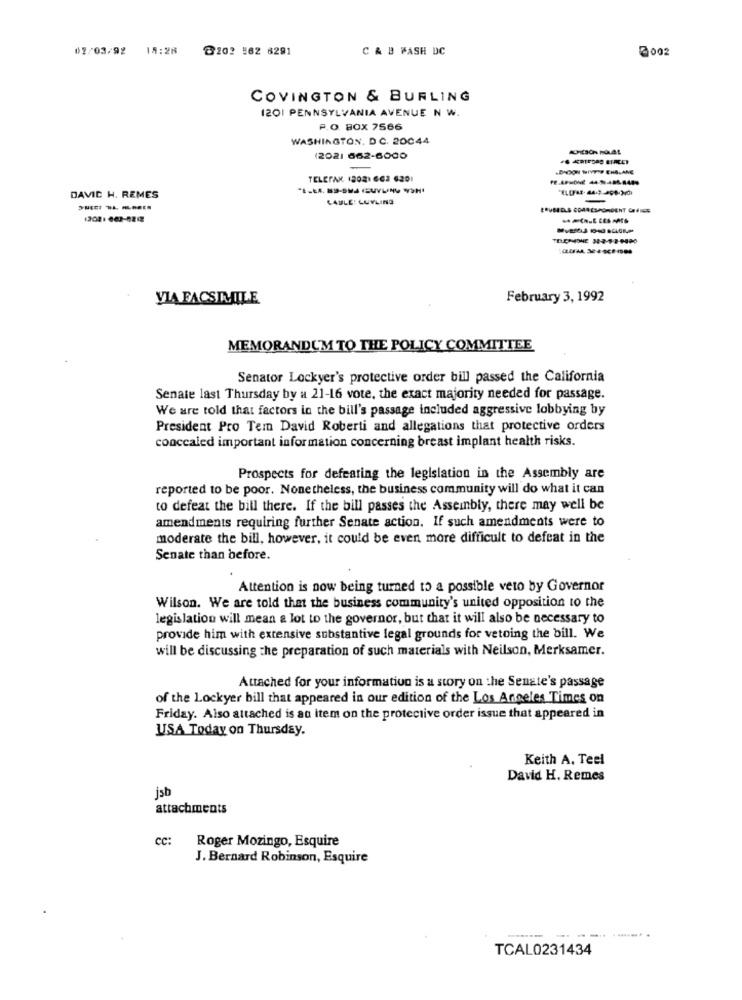
02/03/92
18:26
2202 562 6291
C & B WASH DC
2002
COVINGTON & BURLING
1201 PENNSYLVANIA AVENUE N W.
P.O. BOX 7566
WASHINGTON, DC. 20044
2021 662-6000
-
BOON WIVTTP ENELANE
TELEFAX (202) 662 6201
DAVIC H. REMES
CAULE: LUYLING
VIA FACSIMILE
February 3, 1992
MEMORANDUM TO THE POLICY COMMITTEE
Senator Lockyer's protective order bill passed the California
Senate last Thursday by a 21-16 vote, the exact majority needed for passage.
We are told that factors in the bill's passage included aggressive lobbying by
President Pro Tem David Roberti and allegations that protective orders
concealed important information concerning breast implant health risks.
Prospects for defeating the legislation in the Assembly are
reported to be poor. Nonetheless, the business community will do what it can
to defeat the bill there. If the bill passes the Assembly, there may well be
amendments requiring further Senate action. If such amendments were to
moderate the bill, however, it could be even more difficult to defeat in the
Senate than before.
Attention is now being turned to a possible veto by Governor
Wilson. We are told that the business community's united opposition to the
legislation will mean a lot to the governor, but that it will also be necessary to
provide him with extensive substantive legal grounds for vetoing the bill. We
will be discussing the preparation of such materials with Neilson, Merksamer.
Attached for your information is a story on the Senate's passage
of the Lockyer bill that appeared in our edition of the Los Angeles Times on
Friday. Also attached is an item on the protective order issue that appeared in
USA Today on Thursday.
Keith A. Teel
David H. Remes
jsb
attachments
cc:
Roger Mozingo, Esquire
J. Bernard Robinson, Esquire
TCAL0231434